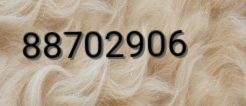
88702906